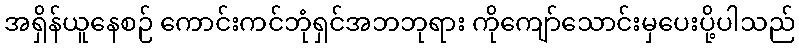
အရှိန်ယူနေစဉ် ကောင်းကင်ဘုံရှင်အဘဘုရား ကိုကျော်သောင်းမှပေးပို့ပါသည်